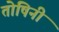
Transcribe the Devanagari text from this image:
तोषिनी